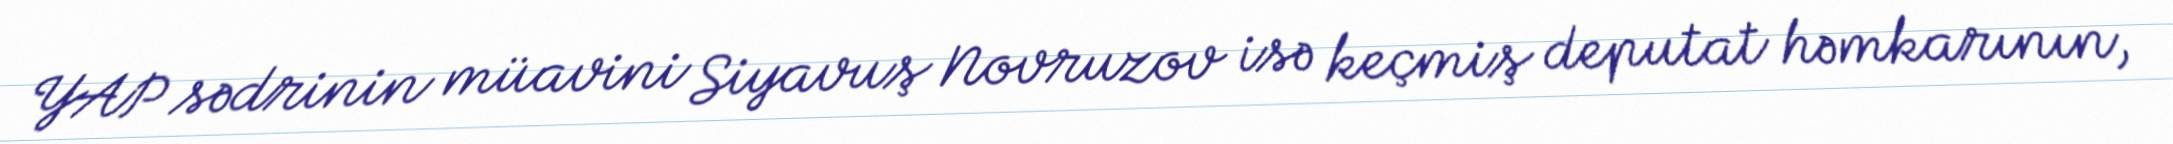
YAP sədrinin müavini Siyavuş Novruzov isə keçmiş deputat həmkarının,